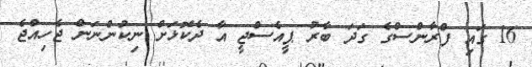
16 ގައި ފްރާންސްގެ ގަދަ ބާރު ޕީއެސްޖީ އާ ދެކޮޅަށް ނިކުންނަން ޖެހިއްޖެ